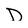
Character: D